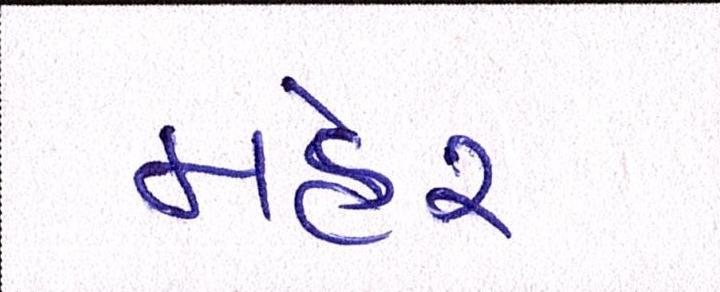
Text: મહેર